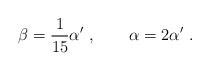
LaTeX: \begin{align*}\beta = \frac{1}{15} \alpha^{\prime} \ , \qquad \alpha =2\alpha^{\prime}\ .\end{align*}